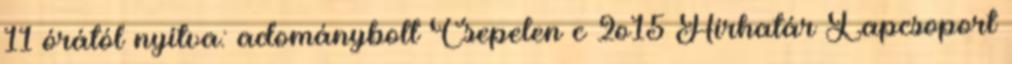
11 órától nyitva: adománybolt Csepelen c 2o15 Hírhatár Lapcsoport